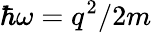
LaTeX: \hbar\omega=q^{2}/2m